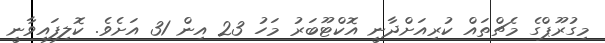
މިގުރޫޕްގެ މެޗްތައް ކުރިއަށްދާނީ އޮކްޓޫބަރު މަހު 23 އިން 31 އަށެވެ. ކޮލިފައިވާނީ